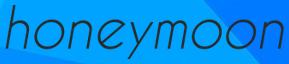
honeymoon